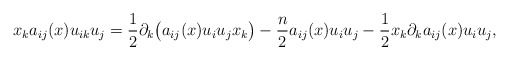
\begin{align*}x_{k}a_{ij}(x)u_{ik} u_{j} = \frac{1}{2} \partial_k \big(a_{ij}(x)u_i u_j x_{k}\big) - \frac{n}{2} a_{ij}(x) u_i u_j - \frac{1}{2} x_{k}\partial_k a_{ij}(x) u_i u_j,\end{align*}